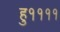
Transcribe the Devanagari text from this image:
हु११११